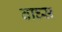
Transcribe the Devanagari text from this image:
वाघ्स